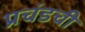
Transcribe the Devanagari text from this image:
प्रचंडची